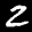
Label: 2